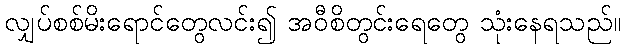
လျှပ်စစ်မိးရောင်တွေလင်း၍ အဝီစိတွင်းရေတွေ သုံးနေရသည်။